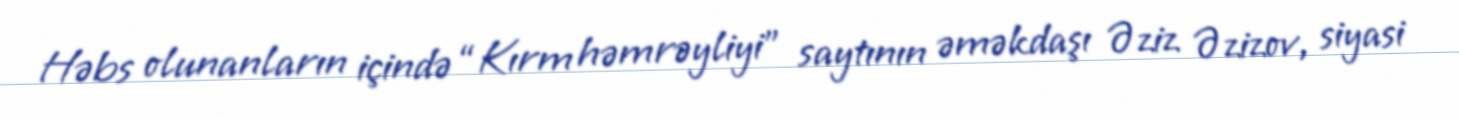
Həbs olunanların içində “Kırm həmrəyliyi” saytının əməkdaşı Əziz Əzizov, siyasi